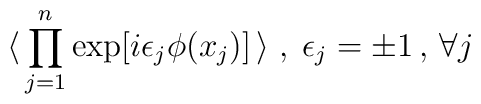
\langle \,\prod_{j = 1}^n \exp [ i \epsilon_j \phi (x_j) ] \,\rangle \;,\; \epsilon_j = \pm 1 \, , \, \forall j \,